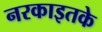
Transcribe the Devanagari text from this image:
नरकाइतके